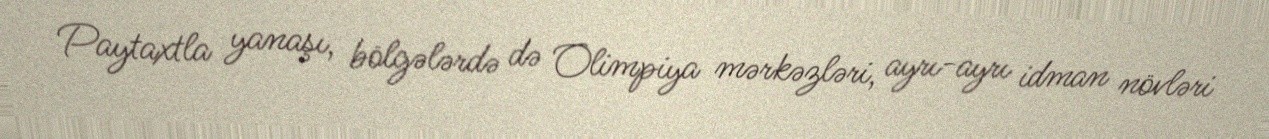
Paytaxtla yanaşı, bölgələrdə də Olimpiya mərkəzləri, ayrı-ayrı idman növləri